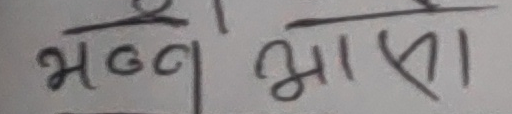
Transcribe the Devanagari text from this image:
भग्न भासा।